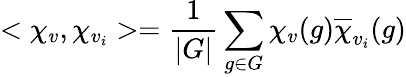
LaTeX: <\chi_{v},\chi_{v_{i}}>={\frac{1}{|G|}}\sum_{g\in G}\chi_{v}(g){\overline{{\chi}}}_{v_{i}}(g)